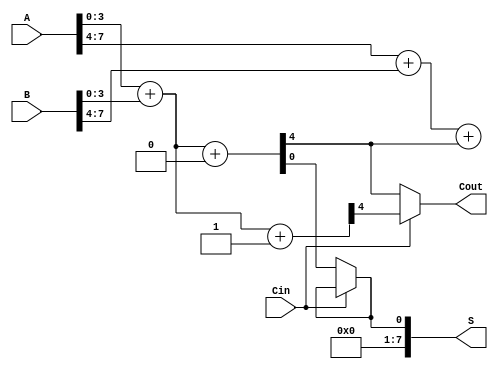
module CCSA (
    input [7:0] A,      // First n-bit input
    input [7:0] B,      // Second n-bit input
    input Cin,          // Carry input
    output [7:0] S,     // Sum output
    output Cout         // Carry output
);
    
    // Internal signals
    wire [3:0] S0, S1;  // Sums for carry = 0 and carry = 1
    wire C0, C1;        // Carry outputs for carry = 0 and carry = 1
    wire S_final0, S_final1; // Final selected sums

    // Group 0: A[3:0] and B[3:0]
    assign {C0, S0} = A[3:0] + B[3:0] + 1'b0; // Sum when Cin = 0
    assign {C1, S1} = A[3:0] + B[3:0] + 1'b1; // Sum when Cin = 1

    // Group 1: A[7:4] and B[7:4], including carry from previous group
    wire [3:0] S2, S3;  // Sums for carry = 0 and carry = 1
    wire C2, C3;        // Carry outputs for carry = 0 and carry = 1
    
    assign {C2, S2} = A[7:4] + B[7:4] + C0; // Sum when Cin is C0
    assign {C3, S3} = A[7:4] + B[7:4] + C1; // Sum when Cin is C1

    // Final sum selection
    assign S = {S3, S1}; // Combine the sums from both groups
    assign Cout = C2; // Carry out based on the first group

    // Final selection logic for S
    assign S_final0 = S0; // If C0 is selected
    assign S_final1 = S1; // If C1 is selected

    // Multiplexer to select the final sum based on Cin
    assign S = (Cin) ? S_final1 : S_final0;

    // Final carry out (Cout)
    assign Cout = (Cin) ? C1 : C0;

endmodule